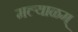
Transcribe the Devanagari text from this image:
मल्याळम्